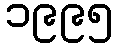
၁၉၉၅